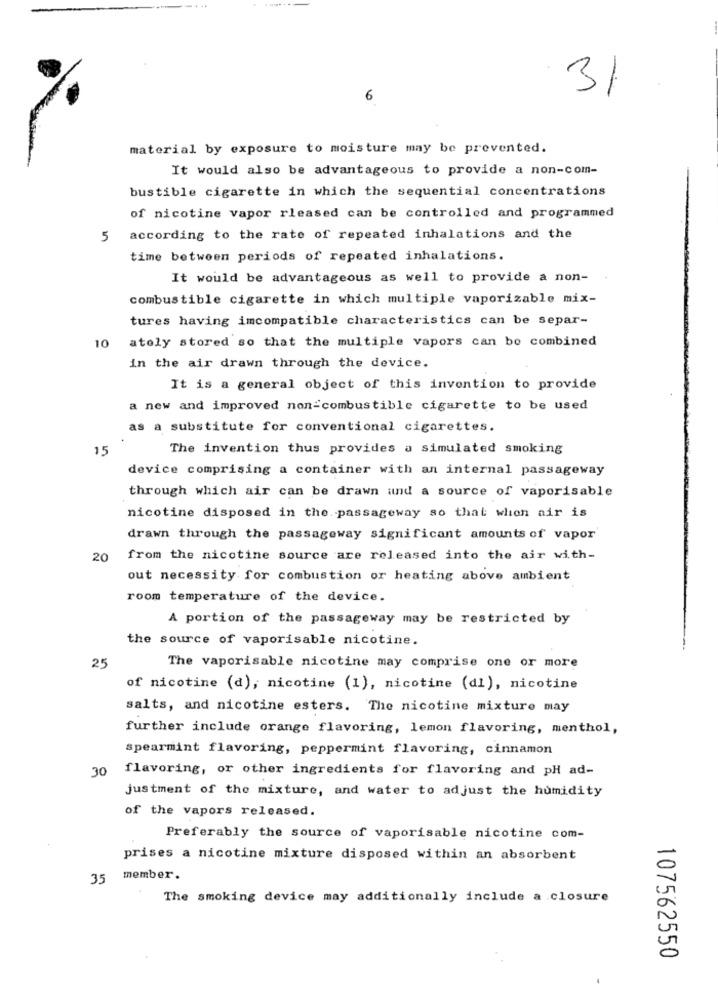
3/
6
material by exposure to moisture may be prevented.
It would also be advantageous to provide a non-com-
bustible cigarette in which the sequential concentrations
of nicotine vapor rleased can be controlled and programmed
5 according to the rate of repeated inhalations and the
time between periods of repeated inhalations.
It would be advantageous as well to provide a non-
combustible cigarette in which multiple vaporizable mix-
tures having imcompatible characteristics can be separ-
10
atoly stored so that the multiple vapors can be combined
in the air drawn through the device.
It is a general object of this invention to provide
a new and improved non-combustible cigarette to be used
as a substitute for conventional cigarettes.
15
The invention thus provides a simulated smoking
device comprising a container with an internal passageway
through which air can be drawn und a source of vaporisable
nicotine disposed in the passageway so that when air is
drawn through the passageway significant amounts of vapor
20
from the nicotine source are released into the air with-
out necessity for combustion or heating above ambient
room temperature of the device.
A portion of the passageway may be restricted by
the source of vaporisable nicotine.
25
The vaporisable nicotine may comprise one or more
of nicotine (d), nicotine (1), nicotine (dl), nicotine
salts, and nicotine esters. The nicotine mixture may
further include orange flavoring, lemon flavoring, menthol,
spearmint flavoring, peppermint flavoring, cinnamon
30
flavoring, or other ingredients for flavoring and pH ad-
justment of the mixture, and water to adjust the humidity
of the vapors released.
Preferably the source of vaporisable nicotine com-
prises a nicotine mixture disposed within an absorbent
35
member.
The smoking device may additionally include a closure
107562550